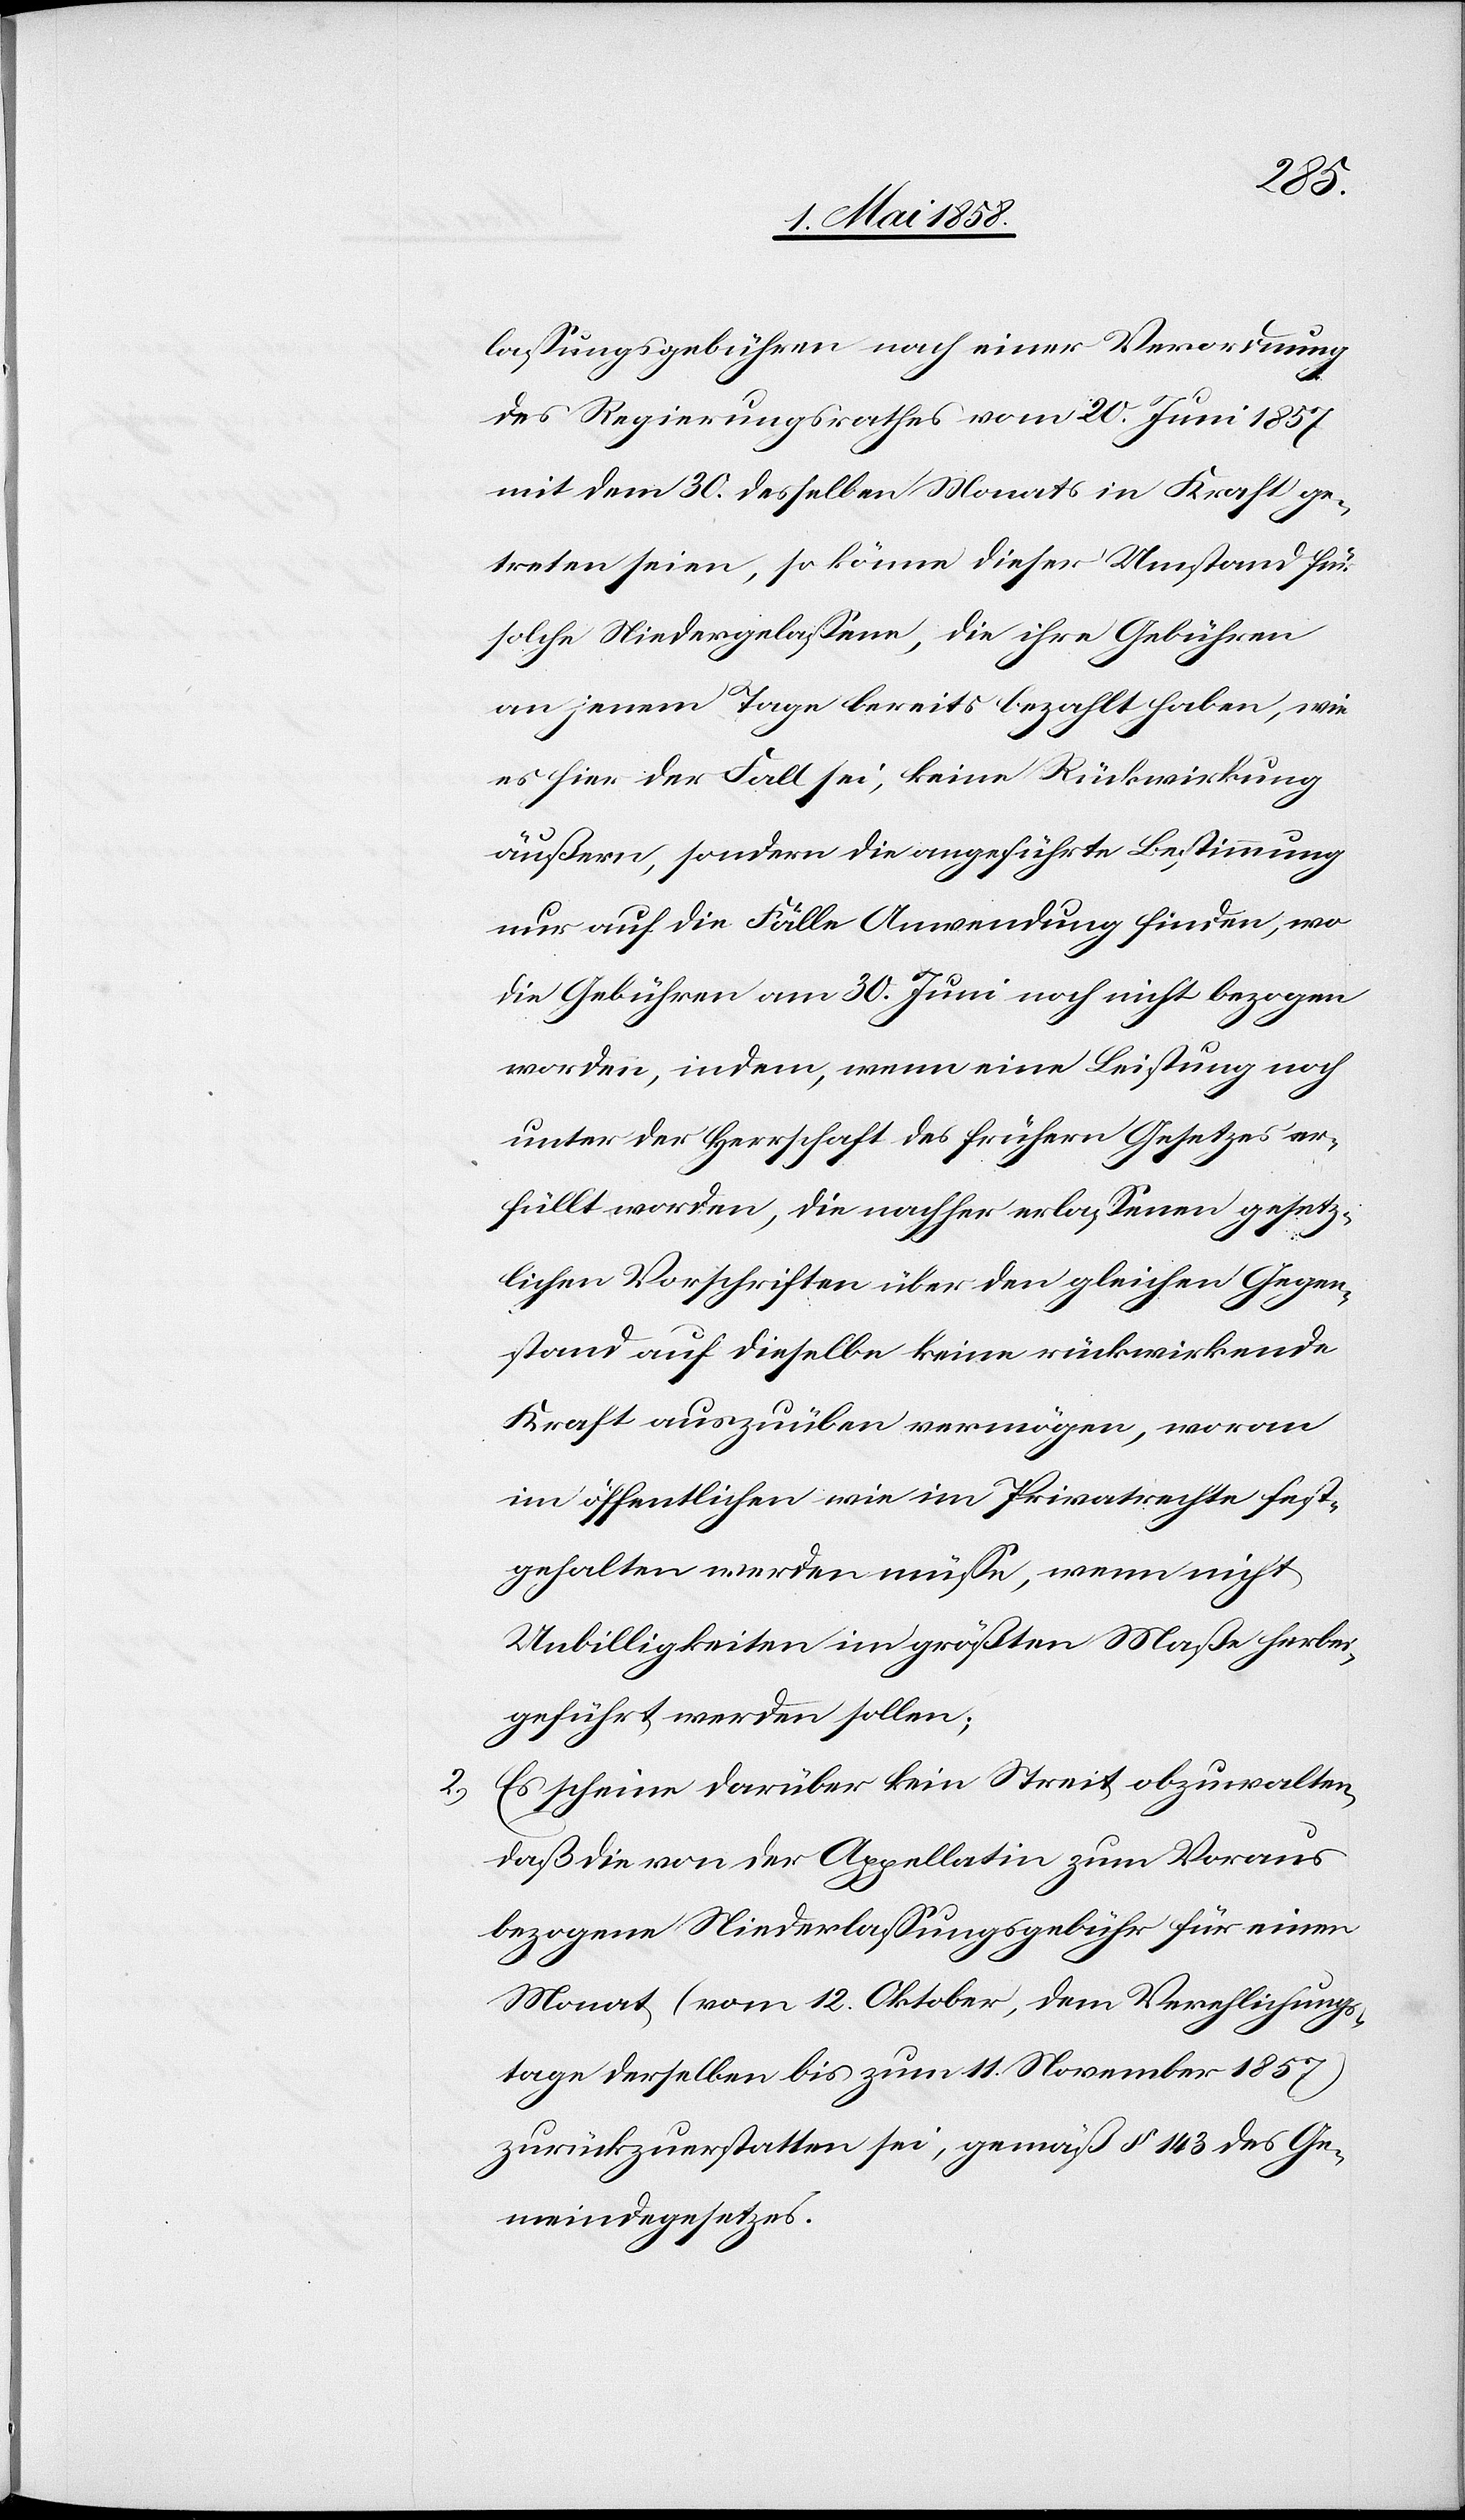
2)
lassungsgebühren nach einer Verordnung
des Regierungsrathes vom 20. Juni 1857
mit dem 30. desselben Monats in Kraft ge¬
treten seien, so könne dieser Umstand für
solche Niedergelassene, die ihre Gebühren
an jenem Tage bereits bezahlt haben, wie
es hier der Fall sei, keine Rückwirkung
äußern, sondern die angeführte Bestimmung
nur auf die Fälle Anwendung finden, wo
die Gebühren am 30. Juni noch nicht bezogen
worden, indem, wenn eine Leistung noch
unter der Herrschaft des frühern Gesetzes er¬
füllt worden, die nachher erlassenen gesetz¬
lichen Vorschriften über den gleichen Gegen¬
stand auf dieselbe keine rückwirkende
Kraft auszuüben vermögen, woran
im öffentlichen wie im Privatrechte fest¬
gehalten werden müsse, wenn nicht
Unbilligkeiten im größten Maße herbei¬
geführt werden sollen;
Es scheine darüber kein Streit obzuwalten,
daß die von der Appellatin zum Voraus
bezogene Niederlassungsgebühr für einen
Monat (vom 12. Oktober, dem Verehlichungs¬
tage derselben bis zum 11. November 1857)
zurückzuerstatten sei, gemäß § 143 des Ge¬
meindegesetzes.